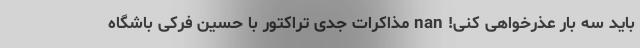
باید سه بار عذرخواهی کنی! nan مذاکرات جدی تراکتور با حسین فرکی باشگاه